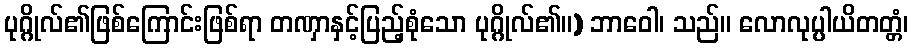
ပုဂ္ဂိုလ်၏ဖြစ်ကြောင်းဖြစ်ရာ တဏှာနှင့်ပြည့်စုံသော ပုဂ္ဂိုလ်၏။) ဘာဝေါ၊ သည်။ လောလုပ္ပါယိတတ္တံ၊